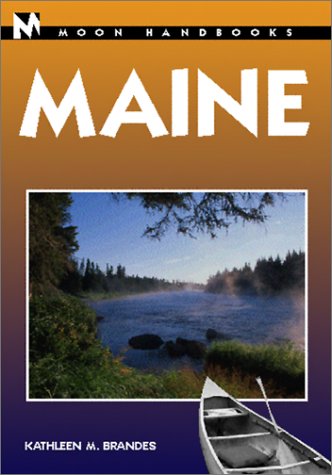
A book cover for Moon Handbooks Maine; Kathleen M. Brandes; Travel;